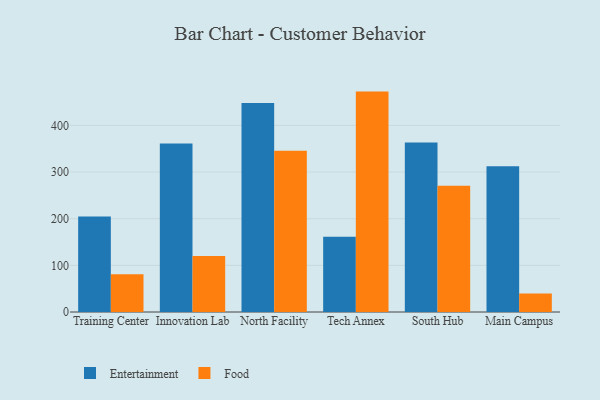
{"axis": {"x": "Campus", "y": "Active Users"}, "legend": ["Entertainment", "Food"], "data": [{"x": "Training Center", "y": 204.6, "type": "Entertainment"}, {"x": "Training Center", "y": 80.9, "type": "Food"}, {"x": "Innovation Lab", "y": 361.3, "type": "Entertainment"}, {"x": "Innovation Lab", "y": 120.0, "type": "Food"}, {"x": "North Facility", "y": 447.7, "type": "Entertainment"}, {"x": "North Facility", "y": 345.6, "type": "Food"}, {"x": "Tech Annex", "y": 161.0, "type": "Entertainment"}, {"x": "Tech Annex", "y": 472.3, "type": "Food"}, {"x": "South Hub", "y": 363.1, "type": "Entertainment"}, {"x": "South Hub", "y": 270.3, "type": "Food"}, {"x": "Main Campus", "y": 312.1, "type": "Entertainment"}, {"x": "Main Campus", "y": 39.4, "type": "Food"}]}